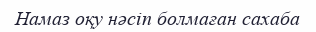
Намаз оқу нәсіп болмаған сахаба